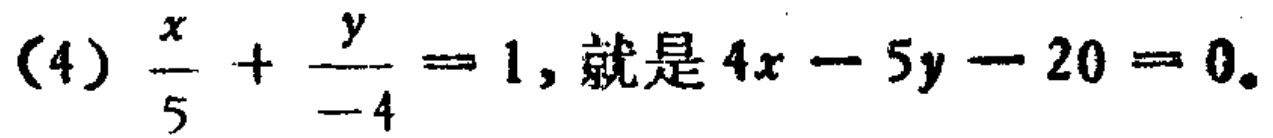
(4) $\frac{x}{5}+\frac{y}{-4}=1$, 就是 $4x - 5y - 20 = 0$.